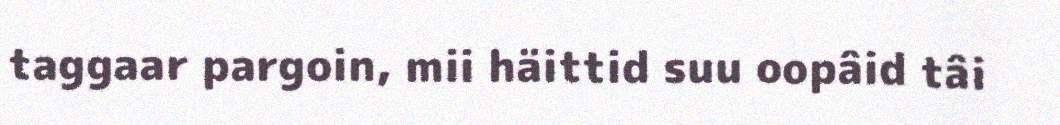
taggaar pargoin, mii häittid suu oopâid tâi